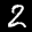
Label: 2